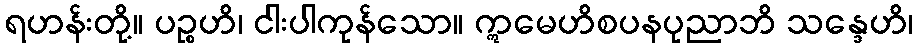
ရဟန်းတို့။ ပဉ္စဟိ၊ ငါးပါကုန်သော။ ဣမေဟိစပနပုညာဘိ သန္ဒေဟိ၊